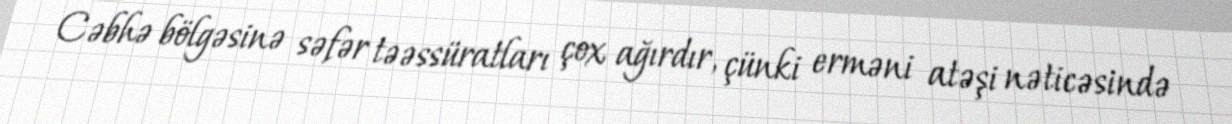
Cəbhə bölgəsinə səfər təəssüratları çox ağırdır, çünki erməni atəşi nəticəsində